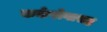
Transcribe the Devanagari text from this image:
कर्करोगासह